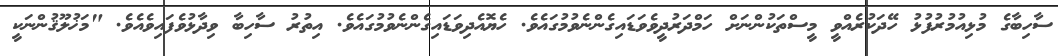
ސާހިބާގެ މުޅިއުމުރުފުޅު ހޭދަކުރެއްވީ މީސްތަކުންނަށް ހަމްދަރުދީވެވަޑައިގެންނެވުމުގައެވެ. ހެޔޮއެދިވަޑައިގެންނެވުމުގައެވެ. އިތުރު ސާހިބާ ވިދާޅުވެފައިވެއެވެ. "މަޚުލޫޤުންނަކީ